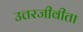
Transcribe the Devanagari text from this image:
उत्तरजीवीता